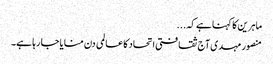
ماہرین کا کہنا ہے کہ ...
منصور مہدی آج ثقافتی اتحاد کا عالمی دن منایا جا رہا ہے۔